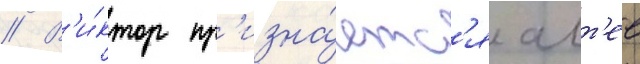
// В'и́ктор пр'изна́етс'я алт'ее